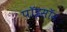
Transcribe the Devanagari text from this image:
पॉइसॉन